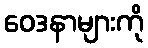
ဝေဒနာများကို